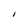
Character: I